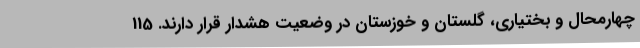
چهارمحال و بختیاری، گلستان و خوزستان در وضعیت هشدار قرار دارند. 115